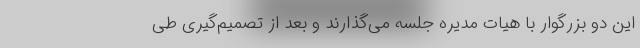
این دو بزرگوار با هیات مدیره جلسه می‌گذارند و بعد از تصمیم‌گیری طی